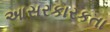
આસરકારકતા